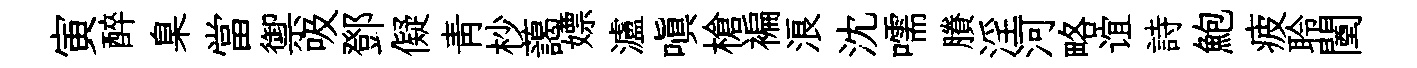
寅醉臬當禦吸鄧儗靑杪藹嫖瀘嗔槍褊浪沈嚅賸淫河略谊詩鮑疲聆闉